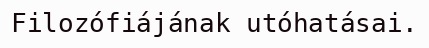
Filozófiájának utóhatásai.